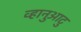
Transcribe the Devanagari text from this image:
व्हानुआटु